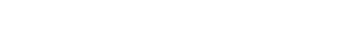
လေးပတ်အထိသာကြာသည်ဟုဆိုကြသည်။